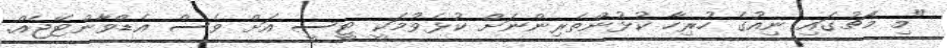
"މި މެޗުގައި ނިއުގެ ހުރިހާ ކުޅުންތެރިންނަށް ކުޅެވުމަކީ ޓީސީ އަށް ވެސް އެޑްވާންޓޭޖެއް.